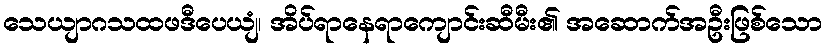
သေယျာဂသထဖဒီပေယျံ၊ အိပ်ရာနေရာကျောင်းဆီမီး၏ အဆောက်အဦးဖြစ်သော